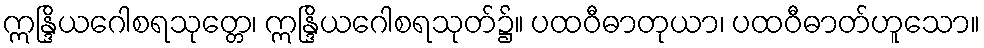
ဣန္ဒြိယဂေါစရသုတ္တေ၊ ဣန္ဒြိယဂေါစရသုတ်၌။ ပထဝီဓာတုယာ၊ ပထဝီဓာတ်ဟူသော။